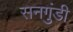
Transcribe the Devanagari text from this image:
सनगुंडी